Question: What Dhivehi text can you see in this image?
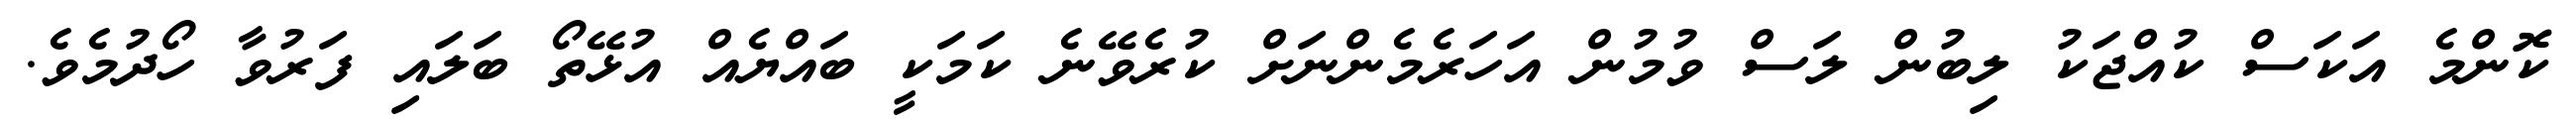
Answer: ކޮންމެ އަކަސް ކުއްޖަކު ލިބުން ލަސް ވުމުން އަހަރެމެންނަށް ކުރެވޭނެ ކަމަކީ ބައްޔެއް އުޅޭތޯ ބަލައި ފަރުވާ ހޯދުމެވެ.